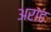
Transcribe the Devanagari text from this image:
अराड